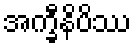
အက္ခီနိပိဿ